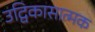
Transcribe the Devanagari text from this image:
उद्विकासात्मक